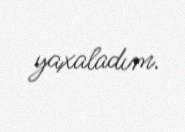
yaxaladım.